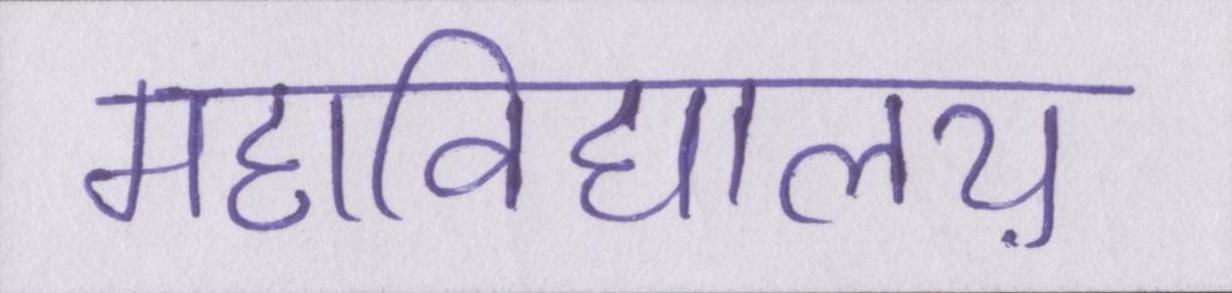
महाविद्यालय़